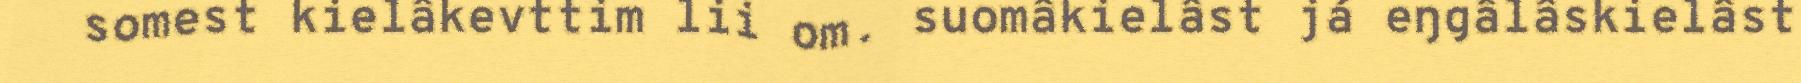
somest kielâkevttim lii om. suomâkielâst já eŋgâlâskielâst